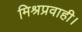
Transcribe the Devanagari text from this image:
मिश्रप्रवाही।